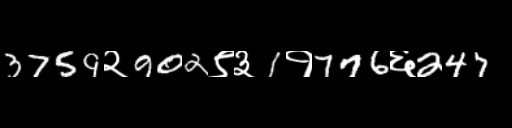
Text: 3759२902९३1१776६247